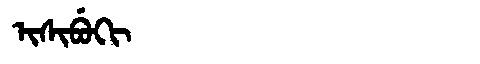
Manchu: ᡳᠰᡳᠪᡠᡴᡳ
Romanization: ISIBUKI